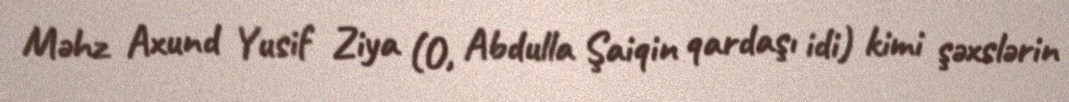
Məhz Axund Yusif Ziya (O, Abdulla Şaiqin qardaşı idi) kimi şəxslərin